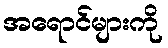
အရောင်များကို